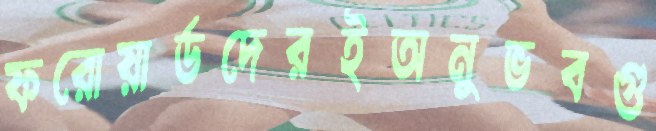
ফরোয়ার্ডদেরইঅনুভবগু